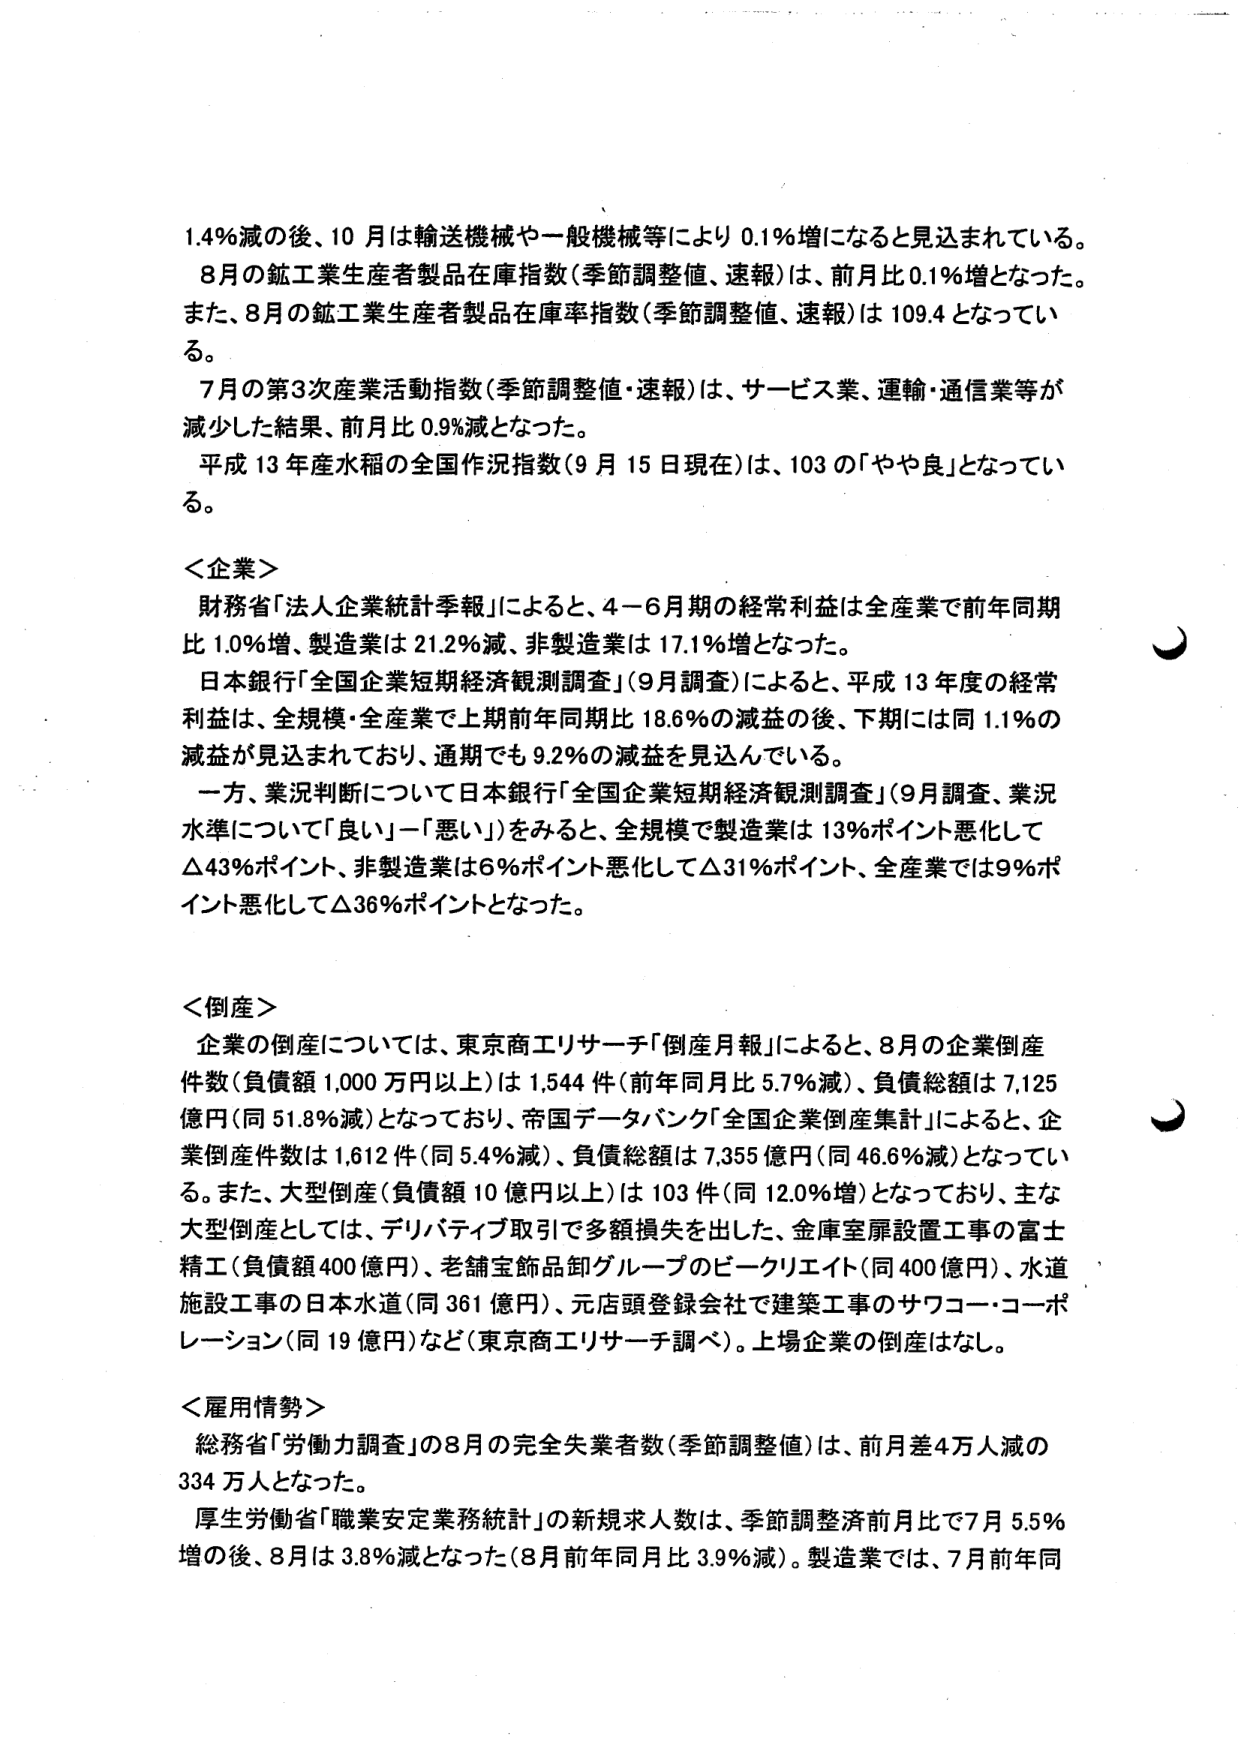
1.4%減の後、10月は輸送機械や一般機械等により0.1%増になると見込まれている。
8月の鉱工業生産者製品在庫指数（季節調整値、速報）は、前月比0.1%増となった。
また、8月の鉱工業生産者製品在庫率指数（季節調整値、速報）は109.4となってい
る。
7月の第3次産業活動指数（季節調整値・速報）は、サービス業、運輸・通信業等が
減少した結果、前月比0.9%減となった。
平成13年度水稻の全国作況指数（9月15日現在）は、103の「やや良」となってい
る。

＜企業＞
財務省「法人企業統計季報」によると、4－6月期の経常利益は全産業で前年同期
比1.0%増、製造業は21.2%減、非製造業は17.1%増となった。
日本銀行「全国企業短期経済観測調査」（9月調査）によると、平成13年度の経常
利益は、全規模・全産業で上期前年同期比18.6%の減益の後、下期には同1.1%の
減益が見込まれており、通期でも9.2%の減益を見込んでいる。
一方、業況判断について日本銀行「全国企業短期経済観測調査」（9月調査、業況
水準について「良い」－「悪い」）をみると、全規模で製造業は13%ポイント悪化して
△43%ポイント、非製造業は6%ポイント悪化して△31%ポイント、全産業では9%ポ
イント悪化して△36%ポイントとなった。

＜倒産＞
企業の倒産については、東京商工リサーチ「倒産月報」によると、8月の企業倒産
件数（負債額1,000万円以上）は1,544件（前年同月比5.7%減）、負債総額は7,125
億円（同51.8%減）となっており、帝国データバンク「全国企業倒産集計」によると、企
業倒産件数は1,612件（同5.4%減）、負債総額は7,355億円（同46.6%減）となってい
る。また、大型倒産（負債額10億円以上）は103件（同12.0%増）となっており、主な
大型倒産としては、デリバティブ取引で多額損失を出した、金庫室扉設置工事の富士
精工（負債額400億円）、老舗宝飾品卸グループのビークリエイト（同400億円）、水道
施設工事の日本水道（同361億円）、元店頭登録会社で建築工事のサワコー・コーポ
レーション（同19億円）など（東京商工リサーチ調べ）。上場企業の倒産はなし。

＜雇用情勢＞
総務省「労働力調査」の8月の完全失業者数（季節調整値）は、前月差4万人減の
334万人となった。
厚生労働省「職業安定業務統計」の新規求人件数は、季節調整済前月比で7月5.5%
増の後、8月は3.8%減となった（8月前年同月比3.9%減）。製造業では、7月前年同